Report of the Municipal Commissioner on the plague in Bombay for the year ending 31st May... - Volume 3
Disease focus: Plague
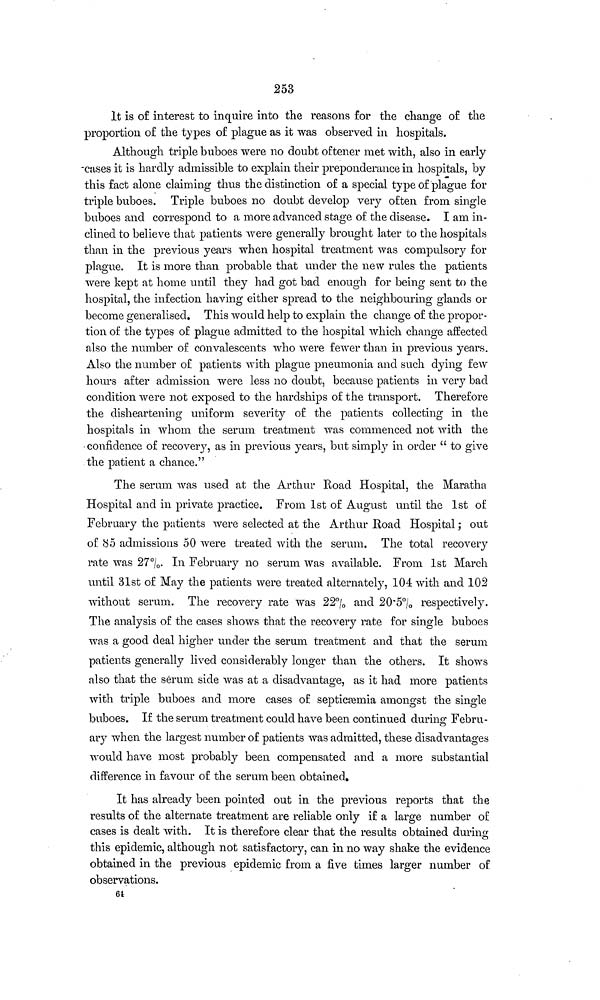
253
It is of interest to inquire into the reasons for the change of the
proportion of the types of plague as it was observed in hospitals.
Although triple buboes were no doubt oftener met with, also in early
cases it is hardly admissible to explain their preponderance in hospitals, by
this fact alone claiming thus the distinction of a special type of plague for
triple buboes. Triple buboes no doubt develop very often from single
buboes and correspond to a more advanced stage of the disease. I am in-
clined to believe that patients were generally brought later to the hospitals
than in the previous years when hospital treatment was compulsory for
plague. It is more than probable that under the new rules the patients
were kept at home until they had got bad enough for being sent to the
hospital, the infection having either spread to the neighbouring glands or
become generalised. This would help to explain the change of the propor-
tion of the types of plague admitted to the hospital which change affected
also the number of convalescents who were fewer than in previous years.
Also the number of patients with plague pneumonia and such dying few
hours after admission were less no doubt, because patients in very bad
condition were not exposed to the hardships of the transport. Therefore
the disheartening uniform severity of the patients collecting in the
hospitals in whom the serum treatment was commenced not with the
confidence of recovery, as in previous years, but simply in order " to give
the patient a chance."
The serum was used at the Arthur Road Hospital, the Maratha
Hospital and in private practice. From 1st of August until the 1st of
February the patients were selected at the Arthur Road Hospital; out
of 85 admissions 50 were treated with the serum. The total recovery
rate was 27%. In February no serum Was available. From 1st March
until 31st of May the patients were treated alternately, 104 with and 102
without serum. The recovery rate was 22% and 20•5% respectively.
The analysis of the cases shows that the recovery rate for single buboes
was a good deal higher under the serum treatment and that the serum
patients generally lived considerably longer than the others. It shows
also that the serum side was at a disadvantage, as it had more patients
with triple buboes and more cases of septicæmia amongst the single
buboes. If the serum treatment could have been continued during Febru-
ary when the largest number of patients was admitted, these disadvantages
would have most probably been compensated and a more substantial
difference in favour of the serum been obtained.
It has already been pointed out in the previous reports that the
results of the alternate treatment are reliable only if a large number of
cases is dealt with. It is therefore clear that the results obtained during
this epidemic, although not satisfactory, can in no way shake the evidence
obtained in the previous epidemic from a five times larger number of
observations.
64